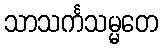
သာသင်္ကသမ္မတေ